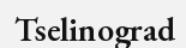
Tselinograd